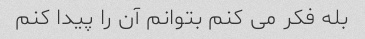
بله فکر می کنم بتوانم آن را پیدا کنم